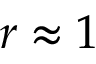
r \approx 1